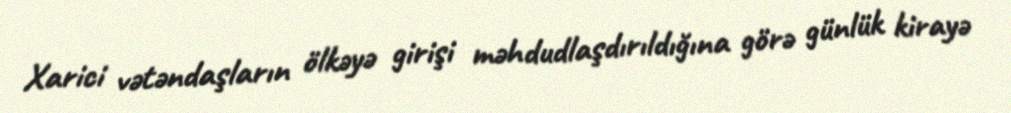
Xarici vətəndaşların ölkəyə girişi məhdudlaşdırıldığına görə günlük kirayə